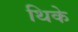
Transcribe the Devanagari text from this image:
थिके